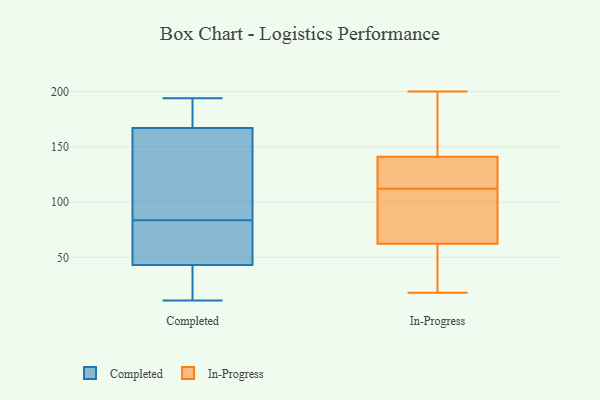
{"axis": {"x": "Demand Index", "y": "Value"}, "legend": ["Completed", "In-Progress"], "data": [{"x": "", "y": 176, "type": "Completed"}, {"x": "", "y": 170, "type": "Completed"}, {"x": "", "y": 157, "type": "Completed"}, {"x": "", "y": 75, "type": "Completed"}, {"x": "", "y": 194, "type": "Completed"}, {"x": "", "y": 12, "type": "Completed"}, {"x": "", "y": 18, "type": "Completed"}, {"x": "", "y": 52, "type": "Completed"}, {"x": "", "y": 11, "type": "Completed"}, {"x": "", "y": 88, "type": "Completed"}, {"x": "", "y": 94, "type": "Completed"}, {"x": "", "y": 79, "type": "Completed"}, {"x": "", "y": 167, "type": "Completed"}, {"x": "", "y": 43, "type": "Completed"}, {"x": "", "y": 55, "type": "In-Progress"}, {"x": "", "y": 78, "type": "In-Progress"}, {"x": "", "y": 112, "type": "In-Progress"}, {"x": "", "y": 146, "type": "In-Progress"}, {"x": "", "y": 30, "type": "In-Progress"}, {"x": "", "y": 83, "type": "In-Progress"}, {"x": "", "y": 18, "type": "In-Progress"}, {"x": "", "y": 140, "type": "In-Progress"}, {"x": "", "y": 200, "type": "In-Progress"}, {"x": "", "y": 60, "type": "In-Progress"}, {"x": "", "y": 98, "type": "In-Progress"}, {"x": "", "y": 144, "type": "In-Progress"}, {"x": "", "y": 140, "type": "In-Progress"}, {"x": "", "y": 114, "type": "In-Progress"}, {"x": "", "y": 63, "type": "In-Progress"}, {"x": "", "y": 164, "type": "In-Progress"}, {"x": "", "y": 117, "type": "In-Progress"}]}